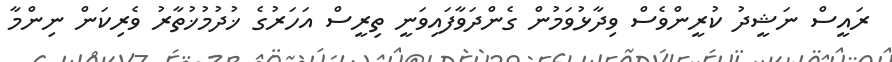
ރައީސް ނަޝީދު ކުރީންވެސް ވިދާޅުވަމުން ގެންދަވާފައިވަނީ ތިރީސް އަހަރުގެ ޚުދުމުޚުތާރު ވެރިކަން ނިންމާ